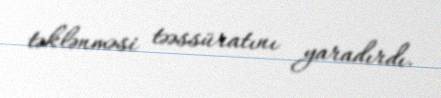
təklənməsi təəssüratını yaradırdı.